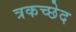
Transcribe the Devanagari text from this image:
त्रकच्छेद